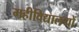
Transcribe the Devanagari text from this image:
महीविद्यालयों